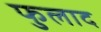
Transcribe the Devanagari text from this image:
फुलाद